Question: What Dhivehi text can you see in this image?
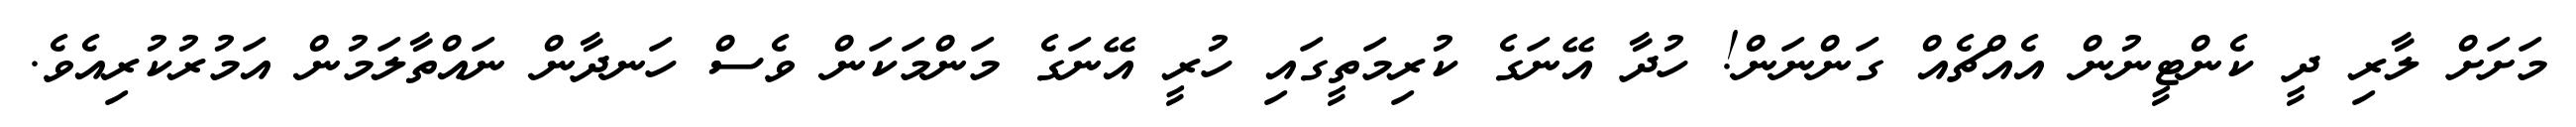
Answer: މަށަށް ލާރި ދީ ކެންޓީނުން އެއްޗެއް ގަންނަން! ހުދާ އޭނަގެ ކުރިމަތީގައި ހުރީ އޭނަގެ މަންމަކަން ވެސް ހަނދާން ނައްތާލަމުން އަމުރުކުރިއެވެ.